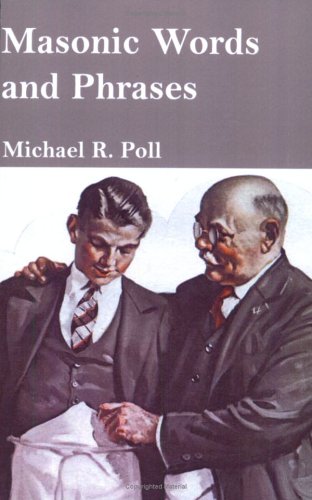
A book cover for Masonic Words and Phrases; Religion & Spirituality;